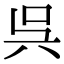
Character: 呉